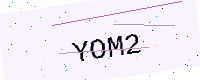
Text: YOM2